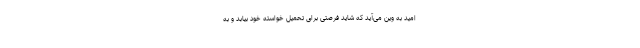
امید به وین می‌آید که شاید فرصتی برای تحمیل خواسته خود بیابد و به